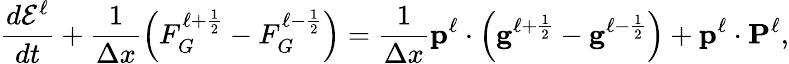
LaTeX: \frac{d\mathcal{E}^{\ell}}{dt}+\frac{1}{\Delta x}\left(F_{G}^{\ell+\frac{1}{2}}-F_{G}^{\ell-\frac{1}{2}}\right)=\frac{1}{\Delta x}\mathbf{p}^{\ell}\cdot\left(\mathbf{g}^{\ell+\frac{1}{2}}-\mathbf{g}^{\ell-\frac{1}{2}}\right)+\mathbf{p}^{\ell}\cdot\mathbf{P}^{\ell},